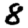
Digit: 8